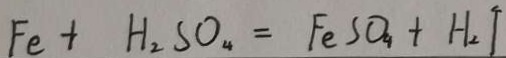
F e + H _ { 2 } S O _ { 4 } = F e S O _ { 4 } + H _ { 2 } \uparrow